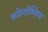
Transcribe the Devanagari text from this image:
कोलोम्बिय